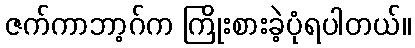
ဇက်ကာဘာ့ဂ်က ကြိုးစားခဲ့ပုံရပါတယ်။